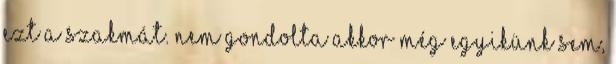
ezt a szakmát. Nem gondolta akkor még egyikünk sem,